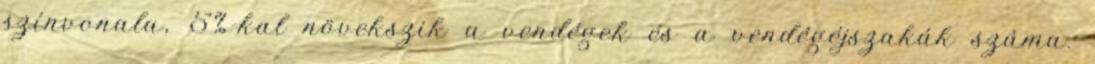
színvonala, 5%-kal növekszik a vendégek és a vendégéjszakák száma.